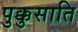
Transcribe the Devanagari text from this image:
पुक्कुसाति